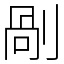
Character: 剮